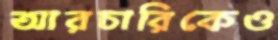
আরচারিকেও